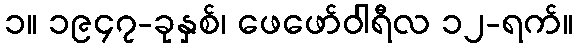
၁။ ၁၉၄၇-ခုနှစ်၊ ဖေဖော်ဝါရီလ ၁၂-ရက်။